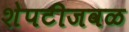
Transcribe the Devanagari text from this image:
शेपटीजवळ